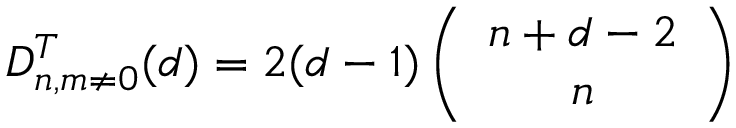
D _ { n , m \neq 0 } ^ { T } ( d ) = 2 ( d - 1 ) \left( \begin{array} { c } { { n + d - 2 } } \\ { { n } } \end{array} \right)